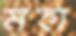
মহা